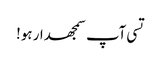
تسی آپ سمجھدار ہو!